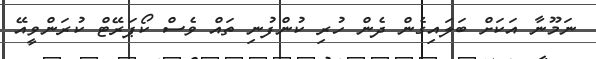
ނަމޫނާ އަކަށް ބަލައިގެން ދެން ހުރި ކުންފުނި ތައް ވެސް ކޯޕަރޭޓް ކުރަންވީއޭ